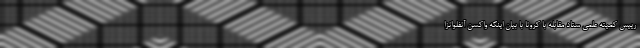
رییس کمیته علمی ستاد مقابله با کرونا با بیان اینکه واکسن آنفلوانزا